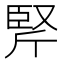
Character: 𰯱